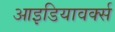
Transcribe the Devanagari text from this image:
आइडियावर्क्स